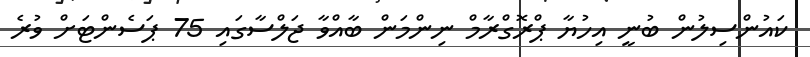
ކައުންސިލުން ބުނީ އިހުޔާ ޕްރޮގްރާމް ނިންމަން ބާއްވާ ޖަލްސާގައި 75 ޕަސެންޓަށް ވުރެ